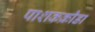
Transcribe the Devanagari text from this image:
पाशकक्रीडा